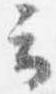
云